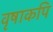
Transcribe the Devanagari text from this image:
वृषाकपि